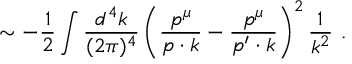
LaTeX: \sim - { \frac { 1 } { 2 } } \int { \frac { d ^ { 4 } k } { ( 2 \pi ) ^ { 4 } } } \left( { \frac { p ^ { \mu } } { p \cdot k } } - { \frac { p ^ { \mu } } { p ^ { \prime } \cdot k } } \right) ^ { 2 } { \frac { 1 } { k ^ { 2 } } } \ .